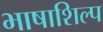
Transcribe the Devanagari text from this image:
भाषाशिल्प